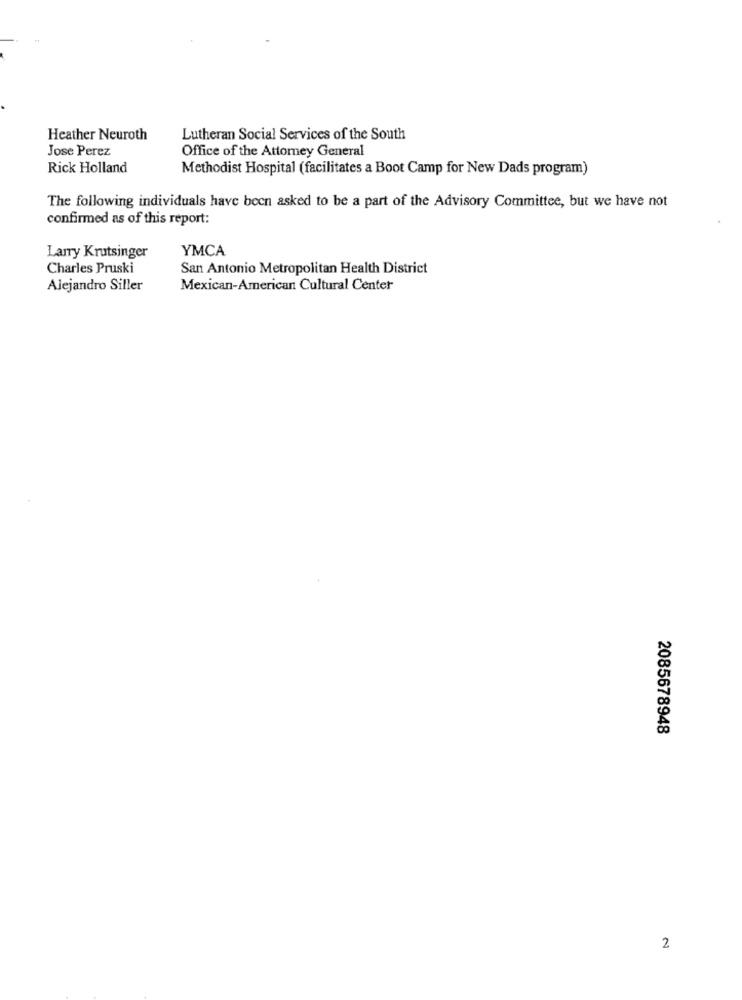
Heather Neuroth
Lutheran Social Services of the South
Jose Perez
Office of the Attorney General
Rick Holland
Methodist Hospital (facilitates a Boot Camp for New Dads program)
The following individuals have been asked to be a part of the Advisory Committee, but we have not
confirmed as of this report:
Larry Krutsinger
YMCA
Charles Pruski
San Antonio Metropolitan Health District
Alejandro Siller
Mexican-American Cultural Center
2085678948
2